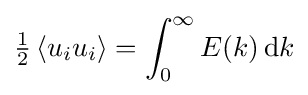
{\tfrac {1}{2}}\left\langle u_{i}u_{i}\right\rangle =\int _{0}^{\infty }E(k)\,\mathrm {d} k